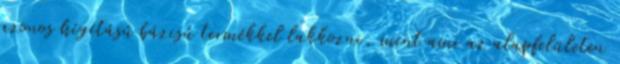
azonos hígítású bázisú termékkel lakkozni, mint ami az alapfelületen